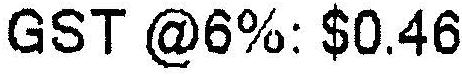
GST @6%: $0.46